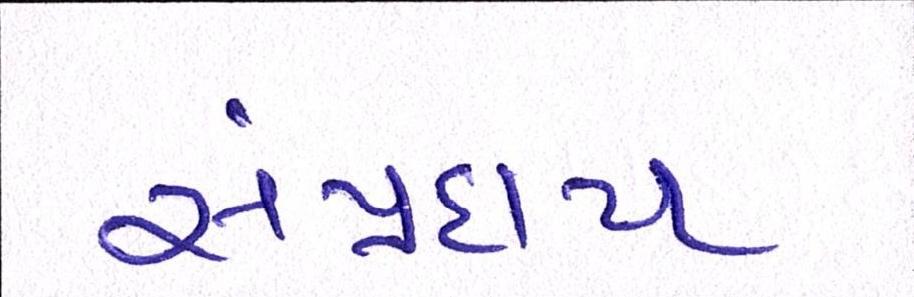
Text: સંપ્રદાય